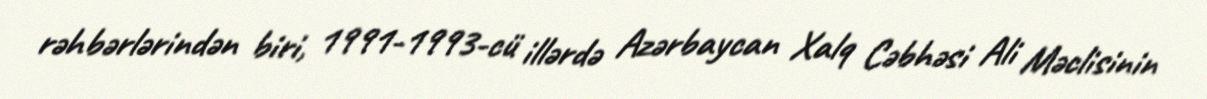
rəhbərlərindən biri, 1991-1993-cü illərdə Azərbaycan Xalq Cəbhəsi Ali Məclisinin